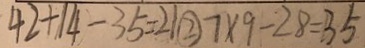
4 2 + 1 4 - 3 5 = 2 1 \textcircled { 2 } 7 \times 9 - 2 8 = 3 5